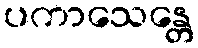
ပကာသေန္တေ